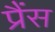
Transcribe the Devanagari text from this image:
प्रैंस